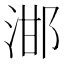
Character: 𣵷